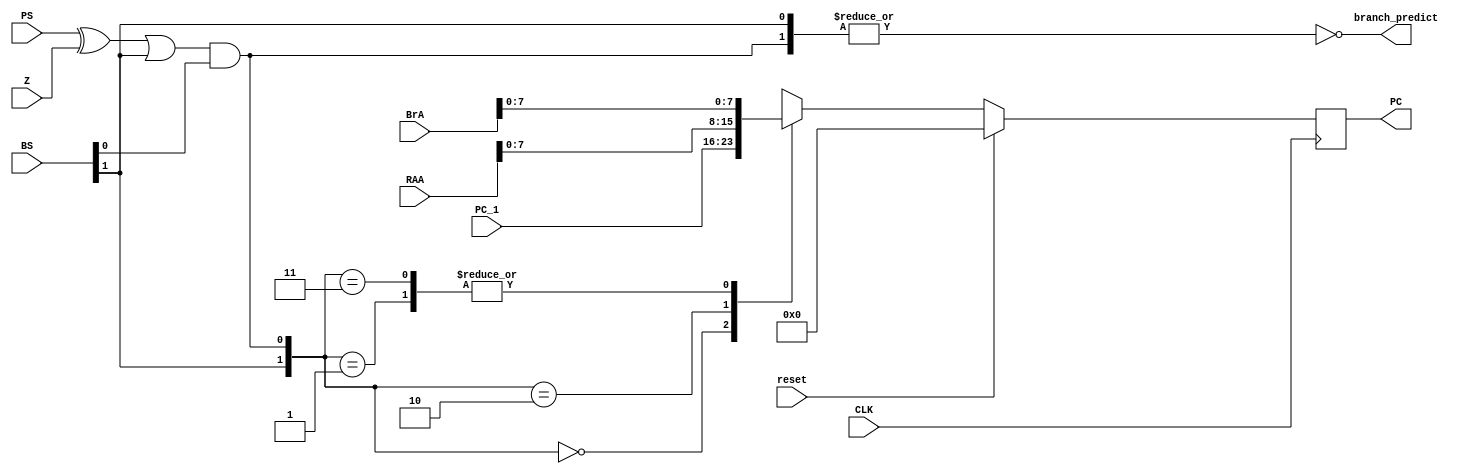
`timescale 1ns / 1ps

module RISC_Mux_C(
    input CLK,
    input reset,
    input [7:0] PC_1,
    input [1:0] BS,
    input PS,
    input Z,
    input [31:0] BrA,
    input [31:0] RAA,
    output reg [7:0] PC=8'b0,
    output branch_predict
    );
    wire [1:0] sel_logic;
    
    assign sel_logic = { BS[1],(((PS^Z)|BS[1])&BS[0]) };
    assign branch_predict =  ~(|sel_logic);
   
    always @(negedge CLK) 
    begin
        if (reset)begin
             PC <= 0;
         end
        else begin
            case (sel_logic)
                2'd0:    PC <= PC_1;
                2'd1:    PC <= BrA[7:0];
                2'd2:    PC <= RAA[7:0];
                2'd3:    PC <= BrA[7:0];
                default: PC <= 8'b0;
            endcase
        end
    end
        
    
    
endmodule